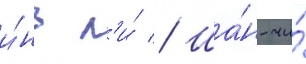
и́нь л'и́ // Ша́н-чи́